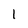
Character: 1